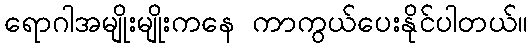
ရောဂါအမျိုးမျိုးကနေ ကာကွယ်ပေးနိုင်ပါတယ်။